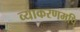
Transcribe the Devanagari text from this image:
व्याकरणमपि